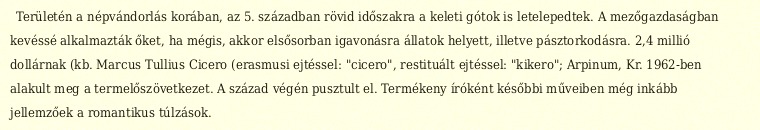
Területén a népvándorlás korában, az 5. században rövid időszakra a keleti gótok is letelepedtek. A mezőgazdaságban kevéssé alkalmazták őket, ha mégis, akkor elsősorban igavonásra állatok helyett, illetve pásztorkodásra. 2,4 millió dollárnak (kb. Marcus Tullius Cicero (erasmusi ejtéssel: "cicero", restituált ejtéssel: "kikero"; Arpinum, Kr. 1962-ben alakult meg a termelőszövetkezet. A század végén pusztult el. Termékeny íróként későbbi műveiben még inkább jellemzőek a romantikus túlzások.